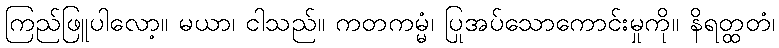
ကြည်ဖြူပါလော့။ မယာ၊ ငါသည်။ ကတကမ္မံ၊ ပြုအပ်သောကောင်းမှုကို။ နိရတ္ထတံ၊